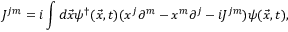
J ^ { j m } = i \int d \vec { x } \psi ^ { \dag } ( \vec { x } , t ) ( x ^ { j } \partial ^ { m } - x ^ { m } \partial ^ { j } - i { \cal J } ^ { j m } ) \psi ( \vec { x } , t ) ,